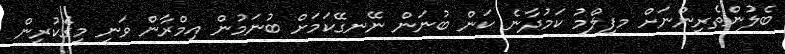
ބެލުންތެރިންނަށް މފިލްމު ކަމުދާނެ ކަން ބުނަން ނޭނގޭކަމަށް ބުނަމުން އިމްރާން ވަނީ މީގެކުރިން